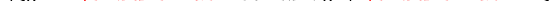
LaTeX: \smash{\gamma_{s0}\equiv\ensuremath{\mathrm{\ textsl{v}}_{0}}^{2}/\ensuremath{D_{s}}}